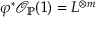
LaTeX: \varphi ^ { * } { \mathcal { O } } _ { \mathbb { P } } ( 1 ) = L ^ { \otimes m }